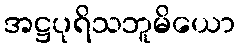
အဋ္ဌပုရိသဘူမိယော